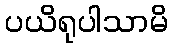
ပယိရုပါသာမိ